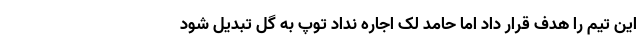
این تیم را هدف قرار داد اما حامد لک اجاره نداد توپ به گل تبدیل شود